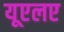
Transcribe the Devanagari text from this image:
यूएलए